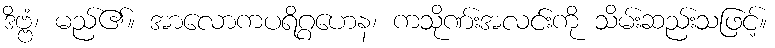
ဒိဗ္ဗံ၊ မည်၏။ အာလောကပရိဂ္ဂဟေန၊ ကသိုဏ်းအလင်းကို သိမ်းဆည်းသဖြင့်။